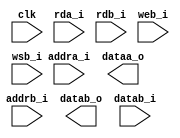
module fetch_ram_dp_128x48(
     clk    	,
     rda_i      ,      
     addra_i    ,
     dataa_o    , 
     rdb_i      ,
     web_i      ,
     wsb_i		, 
     addrb_i	,
     datab_o    , 
     datab_i   
);
// *****************************************************
//                                                      
//    INPUT / OUTPUT DECLARATION                        
//                                                      
// *****************************************************
//--------------Input Ports----------------------- 
input            clk             ; // clock
input			 rda_i			 ; // a port : read enable
input [5     :0] addra_i         ; // a port : address
output [127:0]   dataa_o         ; // a port : read data 
input			 rdb_i			 ; // b port : read enable
input			 web_i			 ; // b port : write enable
input			 wsb_i			 ; // b port : write bank sel
input [5     :0] addrb_i         ; // b port : write/read address
output [127:0]   datab_o         ; // b port : read data
input  [63:0]    datab_i         ; // b port : write data

// *****************************************************
//                                                      
//    LOGIC   DECLARATION                        
//                                                      
// *****************************************************

`ifdef RTL_MODEL 
ram_2p #(  .Word_Width(64) ,.Addr_Width(6) )
ram_2p_64x48_l(
		.clka      (clk         )    ,  
		.cena_i    (~rda_i      )    ,    //low active 
		.oena_i    (1'b0        )    ,    //low active 
		.wena_i    (1'b1        )    ,    //write low active 
		.addra_i   (addra_i     )    ,
		.dataa_o   (dataa_o[63:0])    ,
		.dataa_i   (            )    ,
		.clkb      (clk         )    ,     
		.cenb_i    (~(rdb_i|web_i))    ,    //low active      
		.oenb_i    (1'b0        )    ,    //low active      
		.wenb_i    (~(web_i&(~wsb_i)))    ,    //write low active
		.addrb_i   (addrb_i     )    ,
		.datab_o   (datab_o[63:0]     )    ,   
		.datab_i   (datab_i     )  
);

ram_2p #(  .Word_Width(64) ,.Addr_Width(6) )
ram_2p_64x48_r(
		.clka      (clk         )    ,  
		.cena_i    (~rda_i      )    ,    //low active 
		.oena_i    (1'b0        )    ,    //low active 
		.wena_i    (1'b1        )    ,    //write low active 
		.addra_i   (addra_i     )    ,
		.dataa_o   (dataa_o[127:64]     )    ,
		.dataa_i   (            )    ,
		.clkb      (clk         )    ,     
		.cenb_i    (~(rdb_i|web_i))    ,    //low active      
		.oenb_i    (1'b0        )    ,    //low active      
		.wenb_i    (~(web_i&wsb_i))    ,    //write low active
		.addrb_i   (addrb_i     )    ,
		.datab_o   (datab_o[127:64]     )    ,   
		.datab_i   (datab_i     )  
);

`endif 

`ifdef FPGA_MODEL
ram_dp_64x48 u_ram_dp_64x48_l(
    // Port A
	    .clock_a   ( clk        	)    ,
	    .address_a ( addra_i    	)    ,
	    .data_a    (   		)    ,
	    .wren_a    ( 1'b0		)    ,   // write high_active
	    .rden_a    ( rda_i		)    ,
	    .q_a       ( dataa_o[63:0]	)    ,
    // Port B                        
	    .clock_b   ( clk        	)    ,
	    .address_b ( addrb_i	)    ,
	    .data_b    ( datab_i        )    , 
	    .wren_b    ( (web_i&(~wsb_i)))    ,  // write  high_active 
	    .rden_b    ( (rdb_i|web_i)	)    ,
	    .q_b       ( datab_o[63:0]	)    
);
ram_dp_64x48 u_ram_dp_64x48_r(
    // Port A
	    .clock_a   ( clk        	)    ,
	    .address_a ( addra_i	)    ,
	    .data_a    (		)    ,
	    .wren_a    ( 1'b0	       	)    ,   // write high_active 
	    .rden_a    ( rda_i		)    ,
	    .q_a       ( dataa_o[127:64])    ,
    // Port B                        
	    .clock_b   ( clk        	)    ,
	    .address_b ( addrb_i 	)    ,
	    .data_b    ( datab_i	)    ,  
	    .wren_b    ( (web_i&wsb_i)  )    ,  // write  high_active
	    .rden_b    ( (rdb_i|web_i)  )    , 
	    .q_b       ( datab_o[127:64])    
);
`endif

`ifdef SMIC13_MODEL

`endif

endmodule